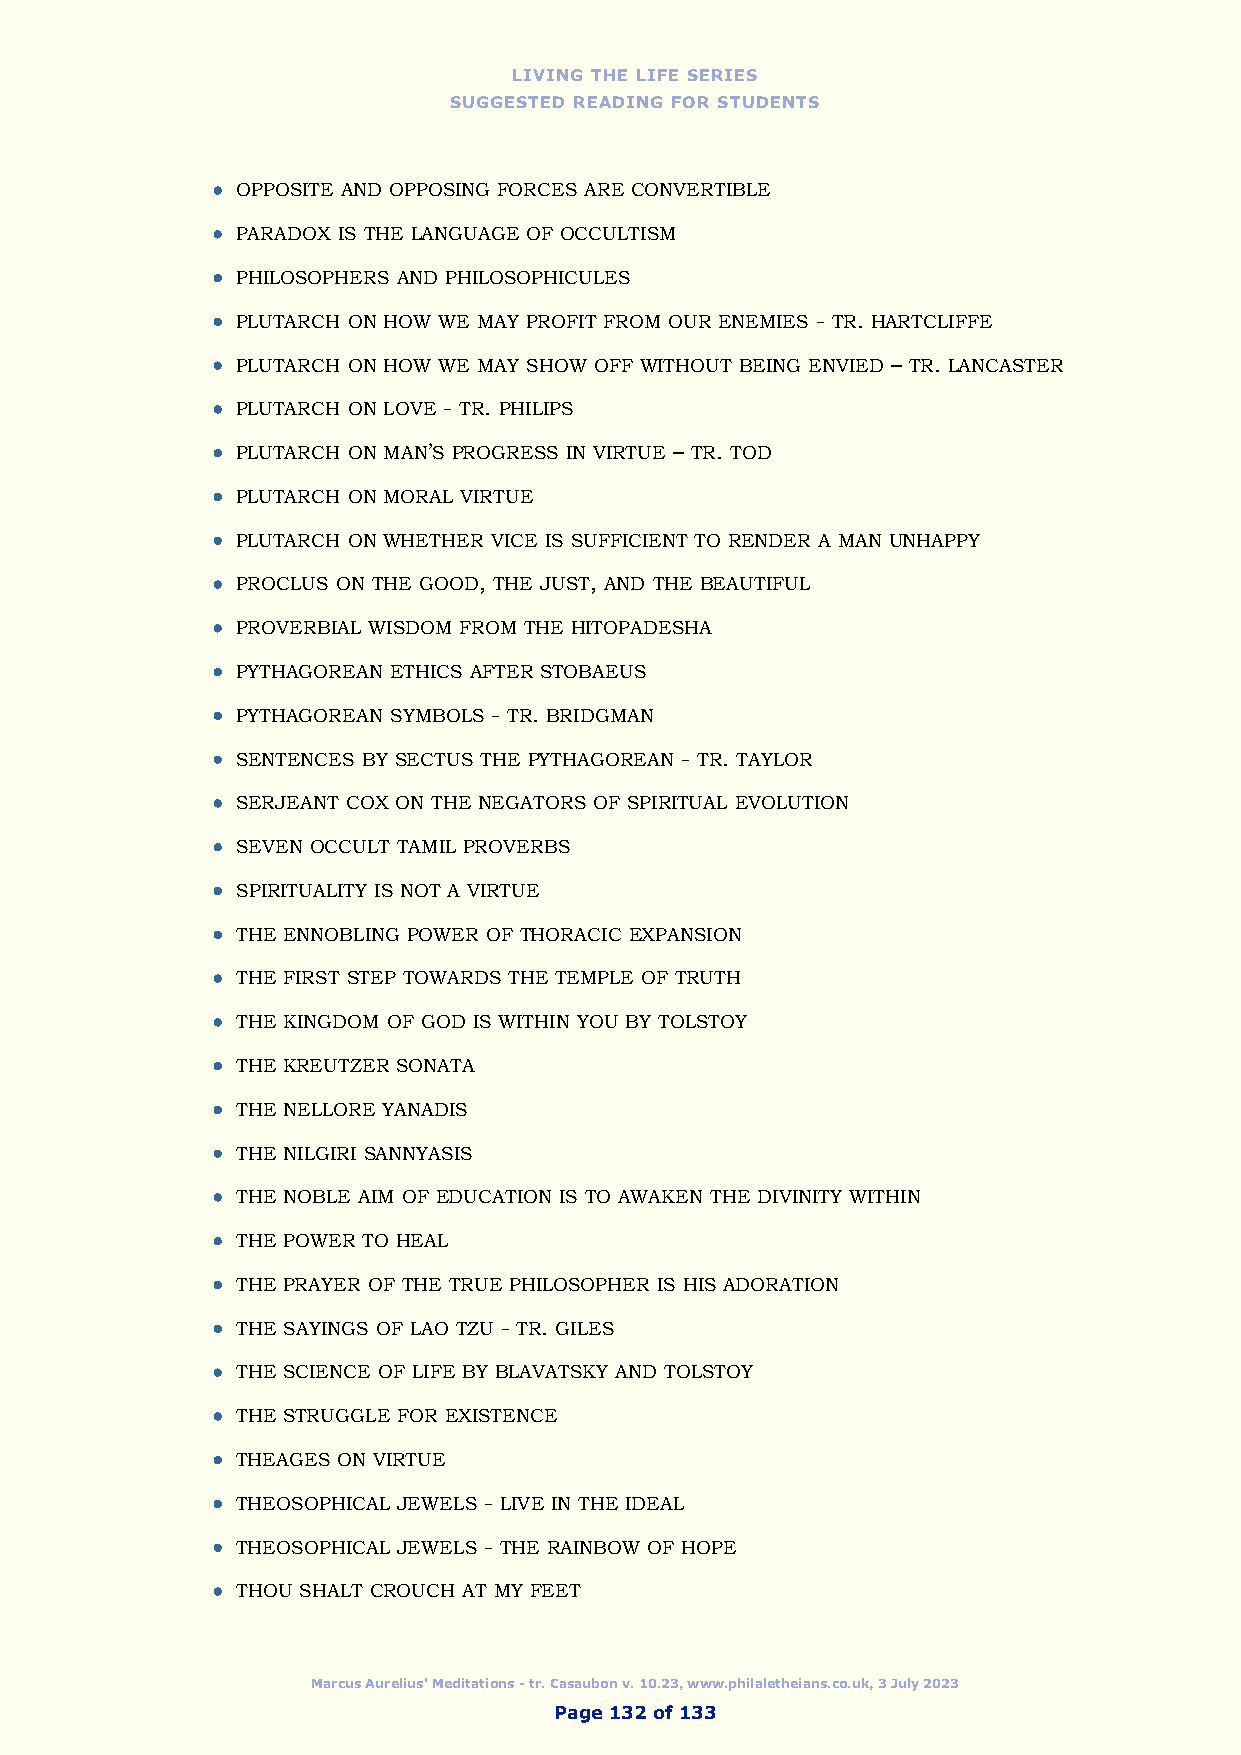
LIVING THE LIFE SERIES
 SUGGESTED READING FOR STUDENTS
  OPPOSITE AND OPPOSING FORCES ARE CONVERTIBLE
  PARADOX IS THE LANGUAGE OF OCCULTISM
  PHILOSOPHERS AND PHILOSOPHICULES
  PLUTARCH ON HOW WE MAY PROFIT FROM OUR ENEMIES - TR. HARTCLIFFE
  PLUTARCH ON HOW WE MAY SHOW OFF WITHOUT BEING ENVIED – TR. LANCASTER
  PLUTARCH ON LOVE - TR. PHILIPS
  PLUTARCH ON MAN’S PROGRESS IN VIRTUE – TR. TOD
  PLUTARCH ON MORAL VIRTUE
  PLUTARCH ON WHETHER VICE IS SUFFICIENT TO RENDER A MAN UNHAPPY
  PROCLUS ON THE GOOD, THE JUST, AND THE BEAUTIFUL
  PROVERBIAL WISDOM FROM THE HITOPADESHA
  PYTHAGOREAN ETHICS AFTER STOBAEUS
  PYTHAGOREAN SYMBOLS - TR. BRIDGMAN
  SENTENCES BY SECTUS THE PYTHAGOREAN - TR. TAYLOR
  SERJEANT COX ON THE NEGATORS OF SPIRITUAL EVOLUTION
  SEVEN OCCULT TAMIL PROVERBS
  SPIRITUALITY IS NOT A VIRTUE
  THE ENNOBLING POWER OF THORACIC EXPANSION
  THE FIRST STEP TOWARDS THE TEMPLE OF TRUTH
  THE KINGDOM OF GOD IS WITHIN YOU BY TOLSTOY
  THE KREUTZER SONATA
  THE NELLORE YANADIS
  THE NILGIRI SANNYASIS
  THE NOBLE AIM OF EDUCATION IS TO AWAKEN THE DIVINITY WITHIN
  THE POWER TO HEAL
  THE PRAYER OF THE TRUE PHILOSOPHER IS HIS ADORATION
  THE SAYINGS OF LAO TZU - TR. GILES
  THE SCIENCE OF LIFE BY BLAVATSKY AND TOLSTOY
  THE STRUGGLE FOR EXISTENCE
  THEAGES ON VIRTUE
  THEOSOPHICAL JEWELS - LIVE IN THE IDEAL
  THEOSOPHICAL JEWELS - THE RAINBOW OF HOPE
  THOU SHALT CROUCH AT MY FEET
 Marcus Aurelius' Meditations - tr. Casaubon v. 10.23, www.philaletheians.co.uk, 3 July 2023
 Page 132 of 133